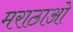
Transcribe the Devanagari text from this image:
मराठाओ